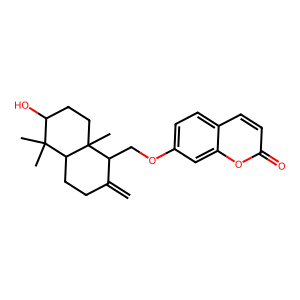
SMILES: C=C1CCC2C(C)(C)C(O)CCC2(C)C1COc1ccc2ccc(=O)oc2c1
Inhibits HIV replication: No